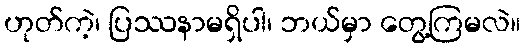
ဟုတ်ကဲ့၊ ပြဿနာမရှိပါ၊ ဘယ်မှာ တွေ့ကြမလဲ။